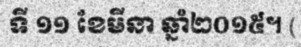
ទី ១១ ខែមីនា ឆ្នាំ២០១៥។ (